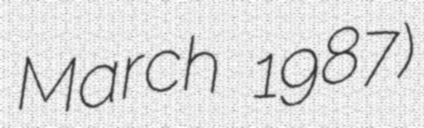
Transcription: March 1987)